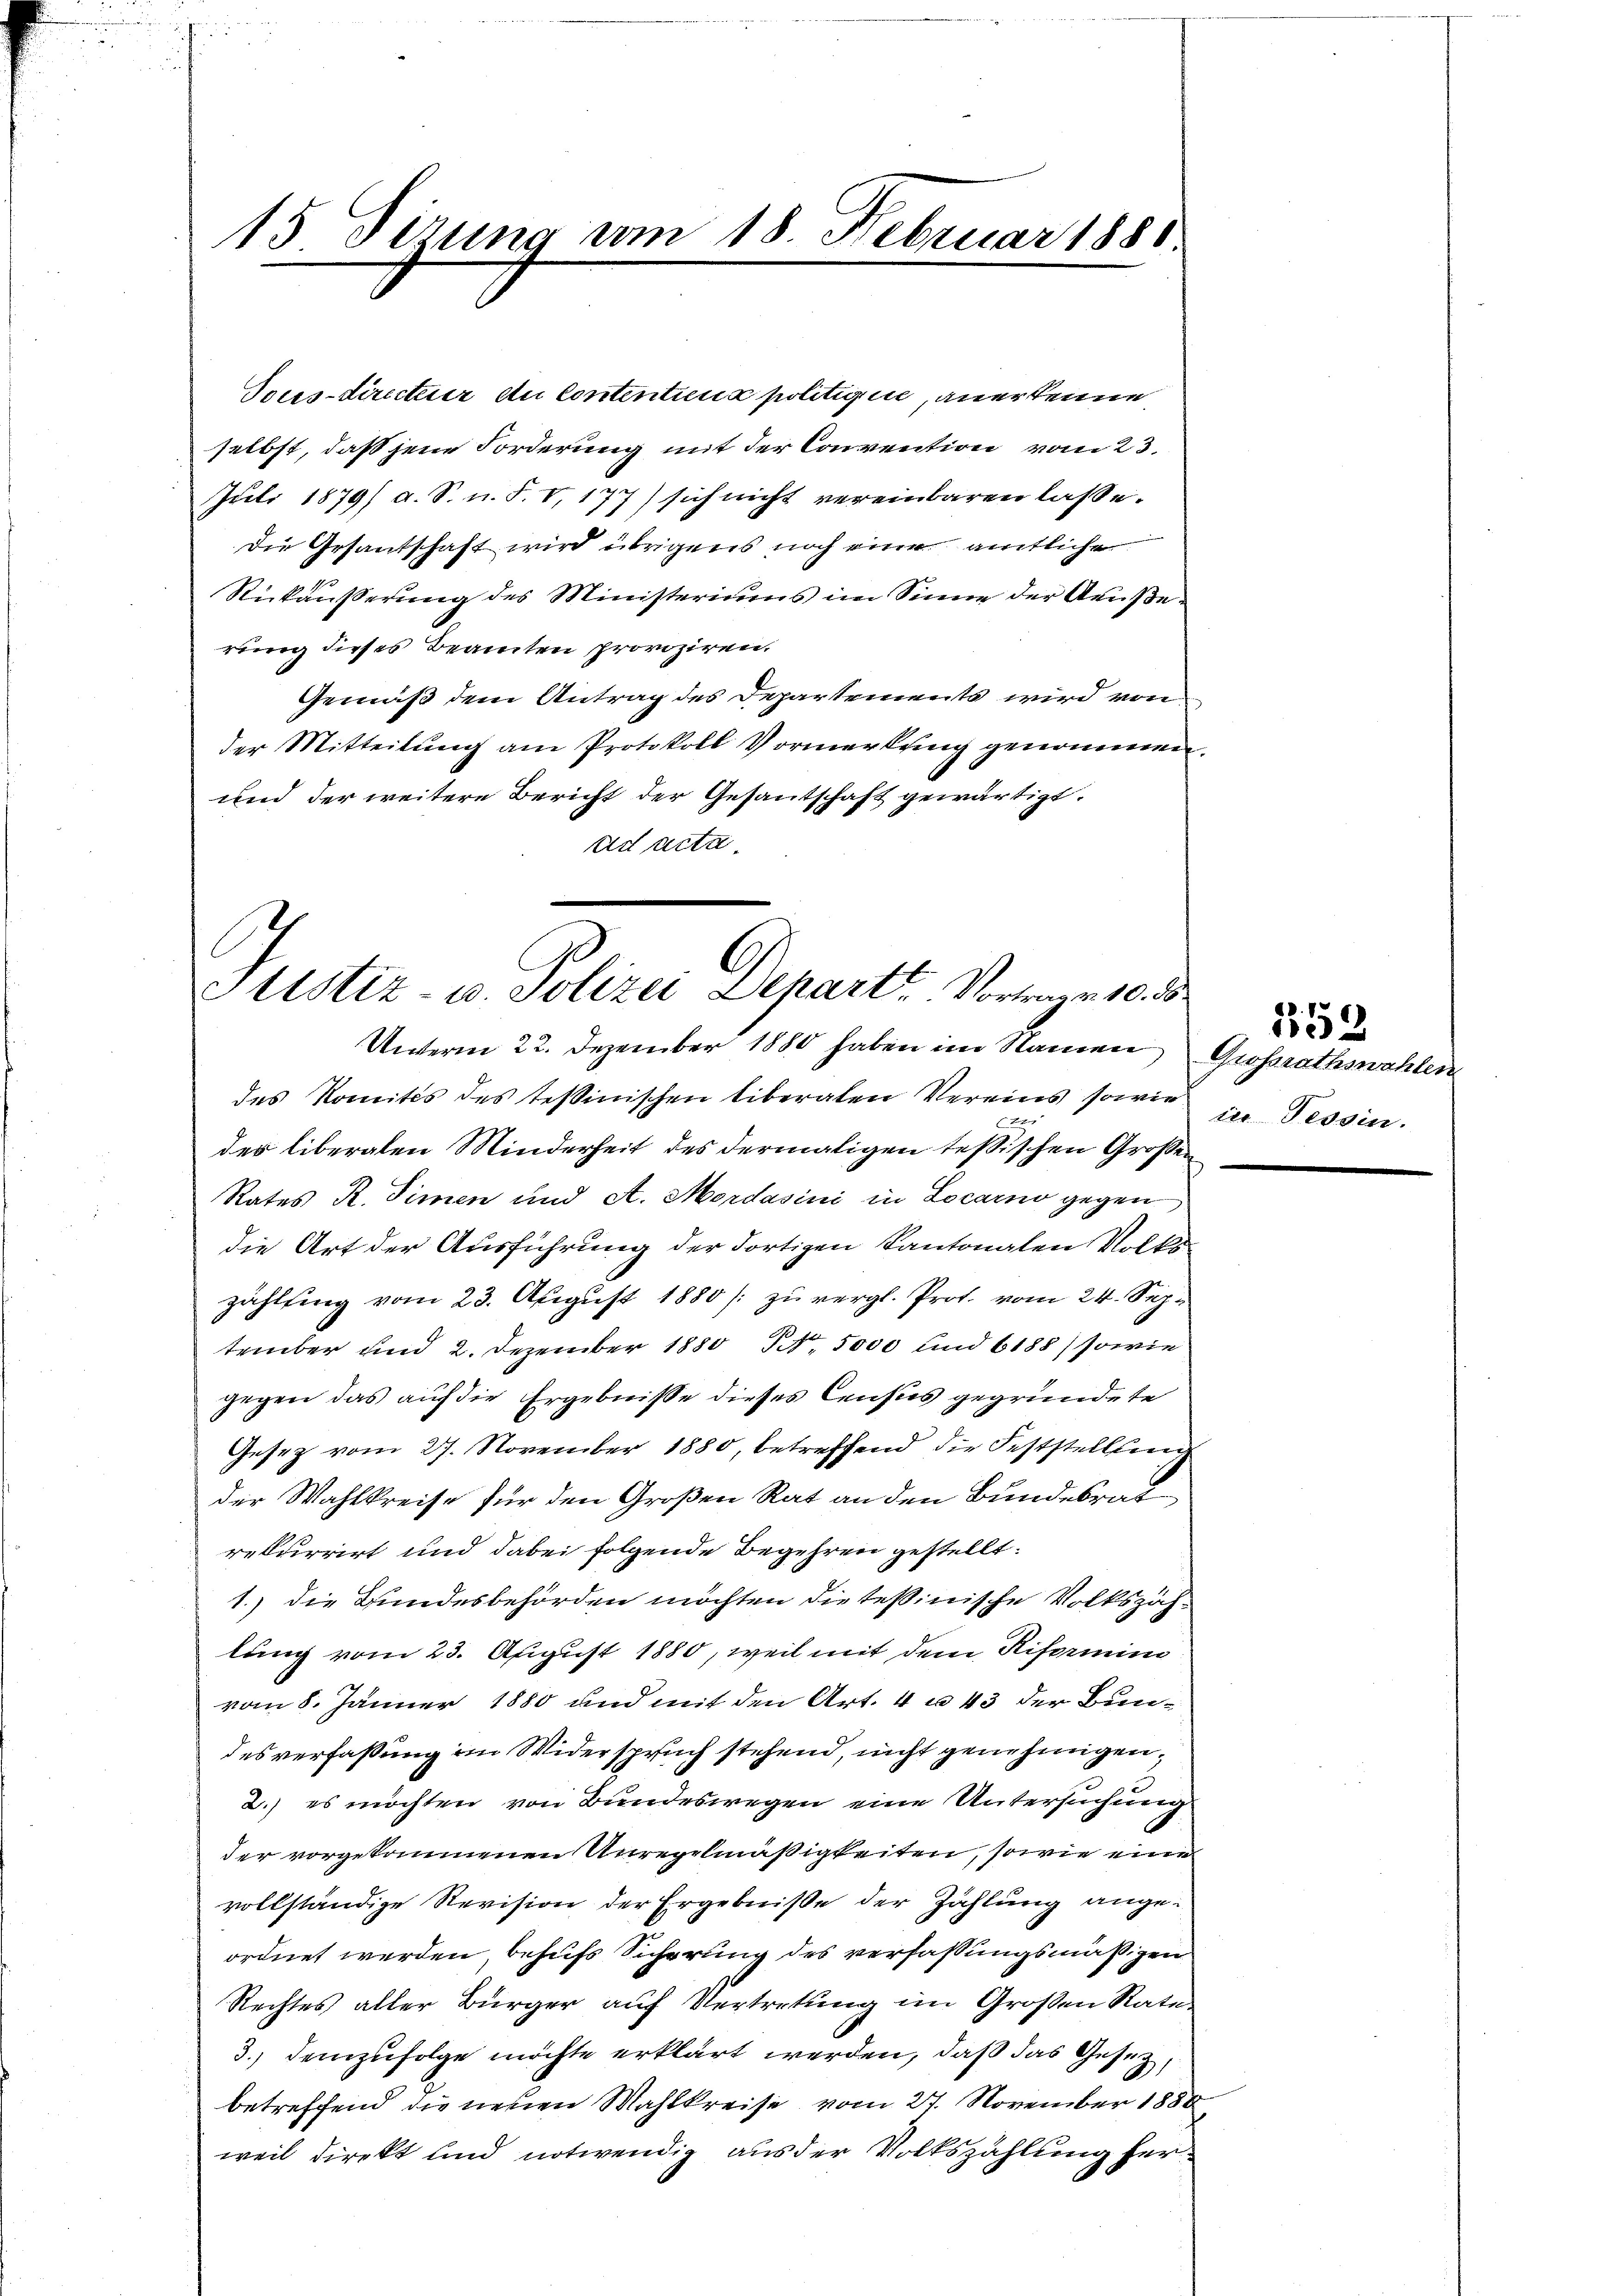
15 Sizung vom 18. Februar 1881

Vous-directuer Au Contentiers politicire, anerkenne
selbst, daß jene Forderung mit der Convention vom 23.
Juli 1879/ a. S. n. F. V, 177) sich nicht vereinbaren laße.
Die Gesantschaft wird übrigens noch eine amtliche
Rückäusserung des Ministeriums im Sinne der Aeußerung dieses Beamten proviziren.
Gemäß dem Antrag des Departements wird von
der Mitteilung am Protokoll Vormerkung genommen.
und der weitere Bericht der Gesantschaft gewärtigt.
ad acta.

Sistiz- u. Polizei Depart, Vortrag v. 10. 38
Unterm 22. Dezember 1880 haben im Namen Grossrathswahlen

des Komités des Teßinischen liberaten Vereins, sowie
x
des liberalen Minderheit des dermaligen Tessischen Große
Rates R. Simmen und A. Mordasini in Locarno gegen
die Art der Ausführung der dortigen Kantonalen Volks-
zahlung vom 23. August 1880 / zu vergl. Prof. vom 24. September und 2. Dezember 1880 No. 5000 und 6188) sowie
gegen das auf die Ergebnisse dieses Census gegründete
Gesetz vom 27. November 1880, betreffend die Feststellung
der Wahlkreise für den Großen Rat an den Bundesrat
rekurrirt und dabei folgende Begehren gestellt.
1.) die Bundesbehörden möchten die tessinische Volkszählung vom 23. August 1880, weil mit dem Riformin
vom 8. Jänner 1880 und mit den Art. 4 u. 43 der Bundes verfaßung im Widerspruch stehend, nicht genehmigen,
2.) es möchten von Bundeswegen eine Untersuchung
der vorgekommenen Unregelmäßigkeiten, sowie eine
vollständige Revision der Ergebniße der Zahlung angeordnet werden, behufs Sicherung des verfassungsmäßigen
Rechtes aller Bürger auf Vertretung im Großen Raten
3.) Demzufolge möchte erklärt werden, daß das Gesetz,
betreffend die neuen Wahlkreise vom 27. November 1880
weil direkt und notwendig aus der Volkszählung her¬

353
in Tessin.